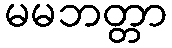
မမဘတ္တာ